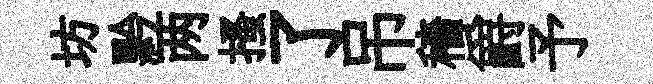
坊黔两搔了吊穡爵予